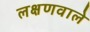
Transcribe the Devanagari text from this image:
लक्षणवाले